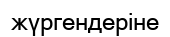
жүргендеріне